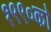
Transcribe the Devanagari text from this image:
१९९०को